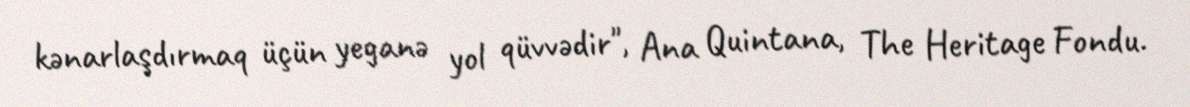
kənarlaşdırmaq üçün yeganə yol qüvvədir", Ana Quintana, The Heritage Fondu.